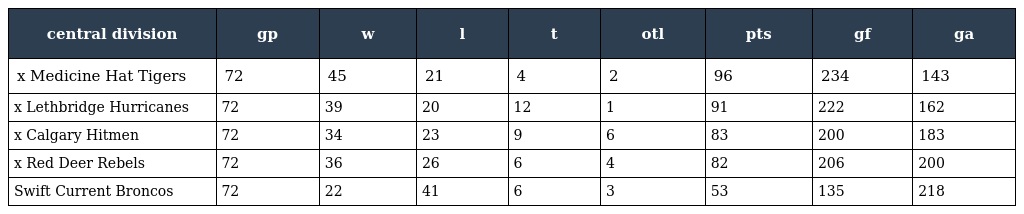
| central division | gp | w | l | t | otl | pts | gf | ga |
 | --- | --- | --- | --- | --- | --- | --- | --- | --- |
 | x Medicine Hat Tigers | 72 | 45 | 21 | 4 | 2 | 96 | 234 | 143 |
 | x Lethbridge Hurricanes | 72 | 39 | 20 | 12 | 1 | 91 | 222 | 162 |
 | x Calgary Hitmen | 72 | 34 | 23 | 9 | 6 | 83 | 200 | 183 |
 | x Red Deer Rebels | 72 | 36 | 26 | 6 | 4 | 82 | 206 | 200 |
 | Swift Current Broncos | 72 | 22 | 41 | 6 | 3 | 53 | 135 | 218 |